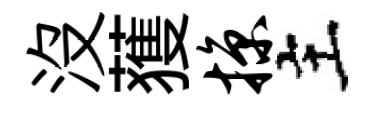
没𫉬掠主